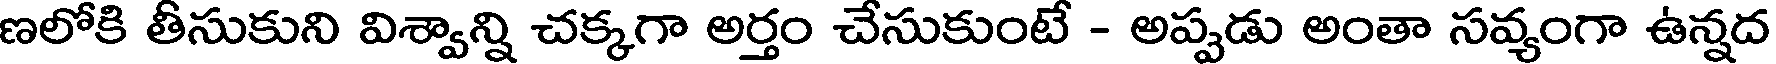
ణలోకి తీసుకుని విశ్వాన్ని చక్కగా అర్తం చేసుకుంటే - అప్పడు అంతా సవ్యంగా ఉన్నద